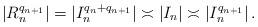
LaTeX: \begin{align*} |R_{n}^{q_{n+1}}|=|I_{n}^{q_{n}+q_{n+1}}| \asymp |I_{n}| \asymp |I_n^{q_{n+1}}|\,.\end{align*}